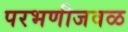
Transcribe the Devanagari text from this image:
परभणीजवळ